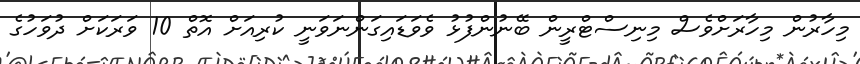
މިހާރުން މިހާރަށްވެސް މިނިސްޓްރީން ބޭނުންފުޅު ވެވަޑައިގަންނަވަނީ ކުރިއަށް އޮތް 10 ވަރަކަށް ދުވަހުގެ